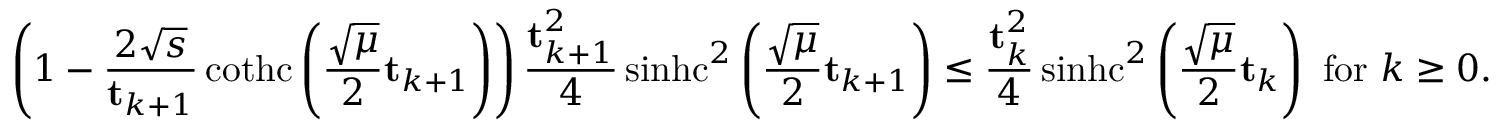
\left( 1 - \frac { 2 \sqrt { s } } { \mathbf { t } _ { k + 1 } } \operatorname { c o t h c } \left( \frac { \sqrt { \mu } } { 2 } \mathbf { t } _ { k + 1 } \right) \right) \frac { \mathbf { t } _ { k + 1 } ^ { 2 } } { 4 } \operatorname { s i n h c } ^ { 2 } \left( \frac { \sqrt { \mu } } { 2 } \mathbf { t } _ { k + 1 } \right) \leq \frac { \mathbf { t } _ { k } ^ { 2 } } { 4 } \operatorname { s i n h c } ^ { 2 } \left( \frac { \sqrt { \mu } } { 2 } \mathbf { t } _ { k } \right) \mathrm { ~ f o r ~ } k \geq 0 .